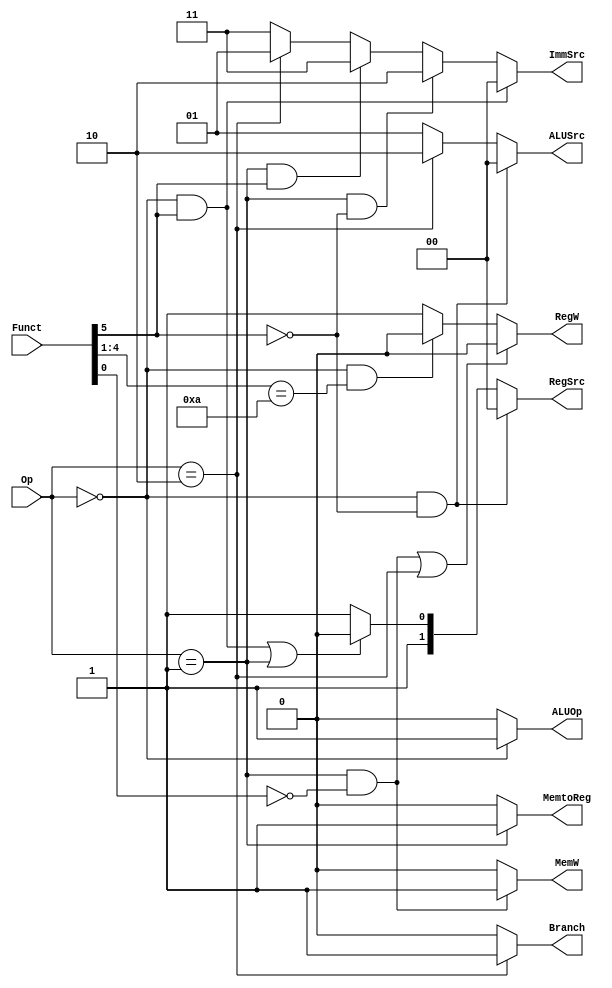
`timescale 1ns / 1ps
//////////////////////////////////////////////////////////////////////////////////
// Company: 
// Engineer: 
// 
// Design Name: 
// Module Name:    MainDecoder 
// Project Name: 
// Target Devices: 
// Tool versions: 
// Description: 
//
// Dependencies: 
//
// Revision: 
// Revision 0.01 - File Created
// Additional Comments: 
//
//////////////////////////////////////////////////////////////////////////////////
module MainDecoder(
    input [1:0] Op,
    input [5:0] Funct,
	 output RegW,
	 output MemW,
	 output MemtoReg,
	 output [1:0] ALUSrc,
	 output [1:0] ImmSrc,
	 output [1:0] RegSrc,
	 output Branch,
	 output ALUOp
    );
	 
																					                
	 assign RegW     =  (((Op == 2'b01) & ~(Funct[0])) | (Op == 2'b10)) ? 1'b0 :
							  ((Op == 2'b00) & (Funct[4:1] == 4'b1010)) ? 1'b0:
						     1'b1;
	 
	 assign MemW     =  ((Op == 2'b01) & ~Funct[0]) ? 1'b1 : 1'b0;
	 
	 assign MemtoReg =  (Op == 2'b01) ? 1'b1 : 1'b0;
	 
	 assign ALUSrc   =  ((Op == 2'b00) & ~Funct[5]) ? 2'b0 : 
							  (Op == 2'b10) ? 2'b10 :
								2'b01;
	 
	 assign ImmSrc   =  ((Op == 2'b00) & (Funct[5]))  ? 2'b00 :
							  ((Op == 2'b01) & ~(Funct[5])) ?  2'b10:
							  ((Op == 2'b01) &  (Funct[5])) ?  2'b11:
							  (Op == 2'b10) ?  2'b01:
							  2'b11;
	 
	 assign RegSrc   =  ((Op == 2'b00) & ~Funct[5]) ? 2'b00 :
							  (((Op == 2'b00) & Funct[5]) | 
							  (Op == 2'b01)) ? 2'b10 :
							  2'b11;
								
	assign ALUOp  	  =  (Op == 2'b00) ? 1'b1 : 1'b0;
	
	assign Branch    =  (Op == 2'b10) ? 1'b1 : 1'b0;
					


endmodule